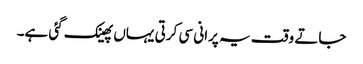
جاتے وقت یہ پرانی سی کرتی یہاں پھینک گئی ہے۔